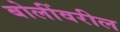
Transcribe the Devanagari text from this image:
बोलींवरील